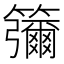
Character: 䉲